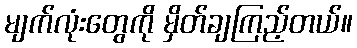
မျက်လုံးတွေကို မှိတ်ချကြည့်တယ်။